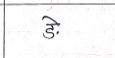
मजकूर: ङे